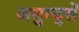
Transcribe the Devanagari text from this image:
अमुन्द्सें